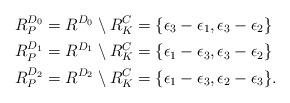
LaTeX: \begin{align*}R_{P}^{D_0} & = R^{D_0} \setminus R_{K}^{C} = \{ \epsilon_3 - \epsilon_1, \epsilon_3 - \epsilon_2 \} \\R_{P}^{D_1} & = R^{D_1} \setminus R_{K}^{C} = \{ \epsilon_1 - \epsilon_3, \epsilon_3 - \epsilon_2 \} \\R_{P}^{D_2} & = R^{D_2} \setminus R_{K}^{C} = \{ \epsilon_1 - \epsilon_3, \epsilon_2 - \epsilon_3 \}.\end{align*}